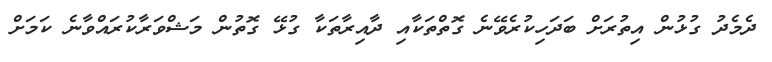
ދެމެދު ގުޅުން އިތުރަށް ބަދަހިކުރެވޭނެ ގޮތްތަކާއި ދާއިރާތަކާ ގުޅޭ ގޮތުން މަޝްވަރާކުރައްވާނެ ކަމަށް